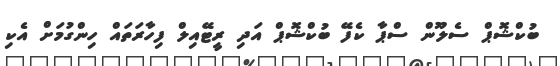
ބުކްޝޮޕް ސެލޫން ސްޕާ ކެފޭ ބުކްޝޮޕް އަދި ރީޓޭއިލް ފިހާރަތައް ހިންގުމަށް އެކި